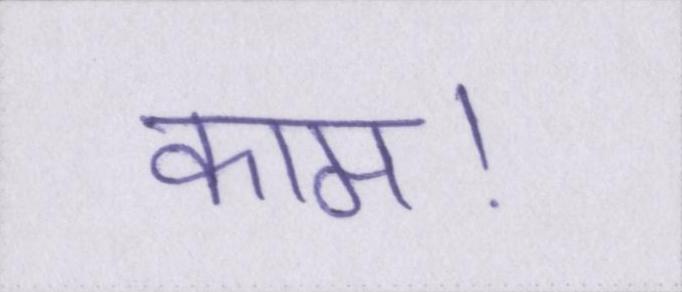
काम।